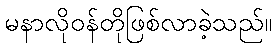
မနာလိုဝန်တိုဖြစ်လာခဲ့သည်။